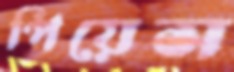
পিয়েস